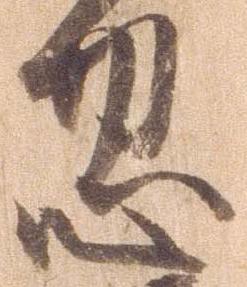
忽